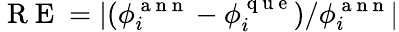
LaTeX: \mathrm{~R~E~}=|(\phi_{i}^{\mathrm{~a~n~n~}}-\phi_{i}^{\mathrm{~q~u~e~}})/\phi_{i}^{\mathrm{~a~n~n~}}|